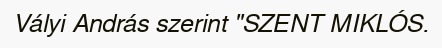
Vályi András szerint "SZENT MIKLÓS.